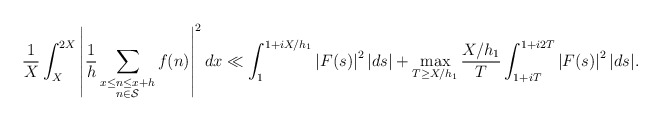
\begin{align*}\frac{1}{X} \int_{X}^{2X} \left|\frac{1}{h} \sum_{\substack{x \leq n \leq x+h \\ n \in \mathcal{S}}} f(n) \right|^2 dx \ll \int_{1}^{1+iX/h_1} \left|F(s)\right|^2 |ds| + \max_{T \geq X/h_1} \frac{X/h_1}{T} \int_{1+iT}^{1+i2T} \left|F(s)\right|^2 |ds|.\end{align*}